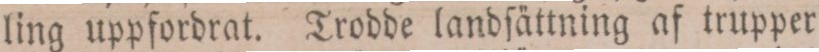
ling uppfordrat. Trodde landſättning af trupper